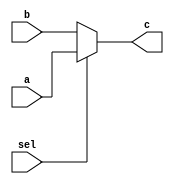
`timescale 1ns / 1ps
//////////////////////////////////////////////////////////////////////////////////
// Company: 
// Engineer: 
// 
// Design Name: 
// Module Name: MUX
// Project Name: 
// Target Devices: 
// Tool Versions: 
// Description: 
// 
// Dependencies: 
// 
// Revision:
// Revision 0.01 - File Created
// Additional Comments:
// 
//////////////////////////////////////////////////////////////////////////////////


module MUX #(parameter N=2)(input [N-1:0] a, b, input sel, output  [N-1:0] c);
assign c  = sel ? a:b;
endmodule